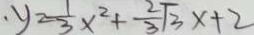
y = \frac { 1 } { 3 } x ^ { 2 } + \frac { 2 } { 3 } \sqrt { 3 } x + 2